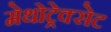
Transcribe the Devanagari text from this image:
मेथोट्रेक्सेट